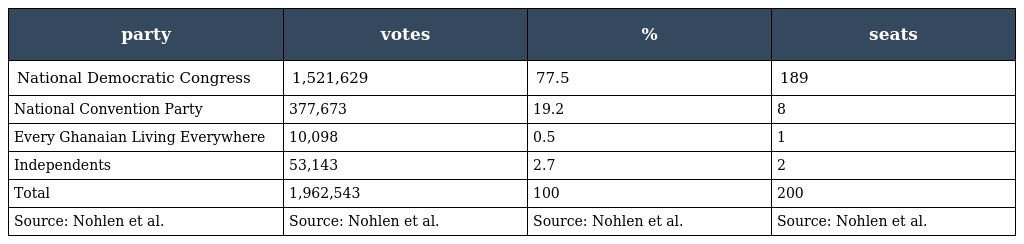
| party | votes | % | seats |
 | --- | --- | --- | --- |
 | National Democratic Congress | 1,521,629 | 77.5 | 189 |
 | National Convention Party | 377,673 | 19.2 | 8 |
 | Every Ghanaian Living Everywhere | 10,098 | 0.5 | 1 |
 | Independents | 53,143 | 2.7 | 2 |
 | Total | 1,962,543 | 100 | 200 |
 | Source: Nohlen et al. | Source: Nohlen et al. | Source: Nohlen et al. | Source: Nohlen et al. |